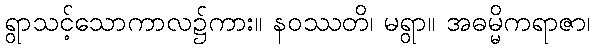
ရွာသင့်သောကာလ၌ကား။ နဝဿတိ၊ မရွာ။ အဓမ္မိကရာဇာ၊